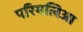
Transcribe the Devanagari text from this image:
परिमलिआ